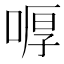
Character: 𠷋